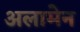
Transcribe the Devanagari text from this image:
अलामेन